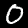
Digit: 0